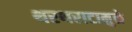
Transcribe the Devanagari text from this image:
थरथराटामुळे